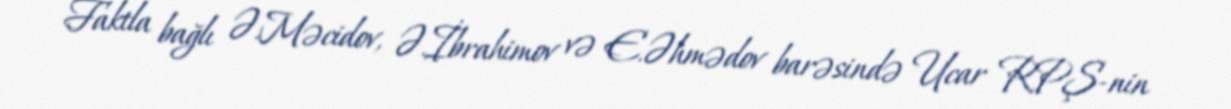
Faktla bağlı Ə.Məcidov, Ə.İbrahimov və E.Əhmədov barəsində Ucar RPŞ-nin